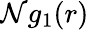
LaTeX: \mathcal{N}g_{1}(r)